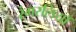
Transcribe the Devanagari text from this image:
रंगरलियाँ